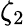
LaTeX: \zeta_{\mathrm{2}}